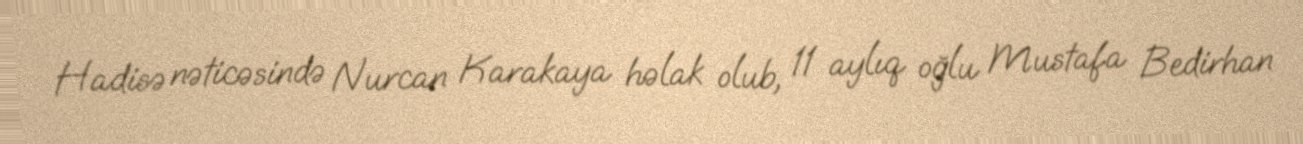
Hadisə nəticəsində Nurcan Karakaya həlak olub, 11 aylıq oğlu Mustafa Bedirhan